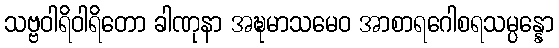
သဗ္ဗဝါရိဝါရိတော ခါဏုနာ အဍ္ဎမာသမေဝ အာစာရဂေါစရသမ္ပန္နော